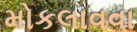
મોકલાવવા